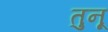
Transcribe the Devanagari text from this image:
तुनू